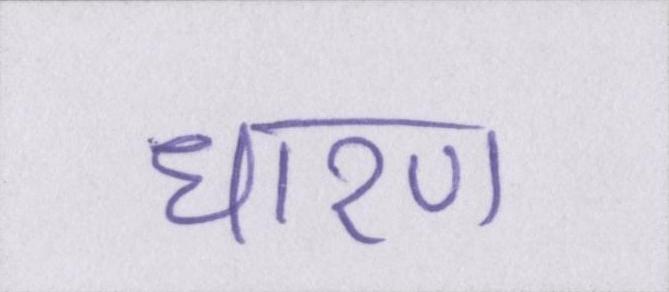
धारण